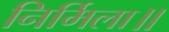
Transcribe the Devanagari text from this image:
निर्मिला॥